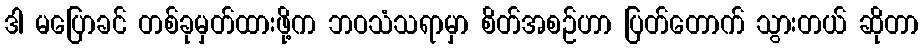
ဒါ မပြောခင် တစ်ခုမှတ်ထားဖို့က ဘဝသံသရာမှာ စိတ်အစဉ်ဟာ ပြတ်တောက် သွားတယ် ဆိုတာ